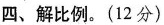
四、解比例。(12分)